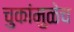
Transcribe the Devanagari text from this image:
चुकांमुळेच